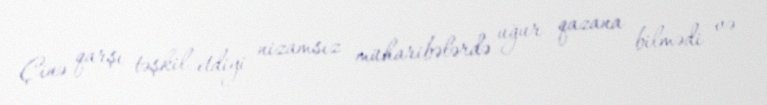
Çinə qarşı təşkil etdiyi nizamsız müharibələrdə uğur qazana bilmədi və